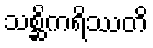
သစ္ဆိကရိဿတိ